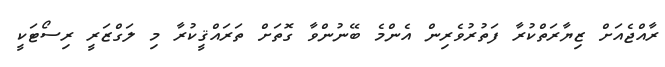
ރާއްޖެއަށް ޒިޔާރަތްކުރާ ފަތުރުވެރިން އެންމެ ބޭނުންވާ ގޮތަށް ތަރައްޤީކުރާ މި ލަގްޒަރީ ރިސޯޓަކީ